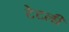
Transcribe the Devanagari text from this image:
टेटली